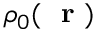
\rho _ { 0 } ( \mathrm { ~ \bf ~ r ~ } )